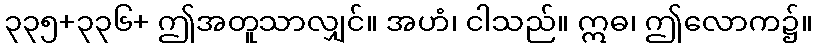
၃၃၅+၃၃၆+ ဤအတူသာလျှင်။ အဟံ၊ ငါသည်။ ဣဓ၊ ဤလောက၌။